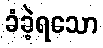
ခံခဲ့ရသော